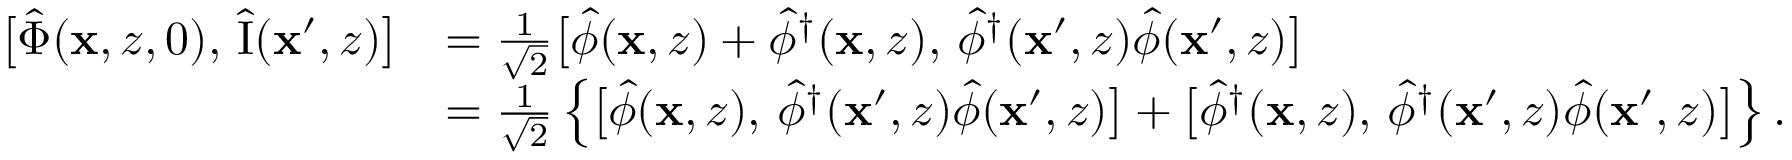
\begin{array} { r l } { \bigl [ \hat { \Phi } ( \mathbf { x } , z , 0 ) , \, \hat { \mathrm { I } } ( \mathbf { x } ^ { \prime } , z ) \bigr ] } & { = \frac { 1 } { \sqrt { 2 } } \bigl [ \hat { \phi } ( \mathbf { x } , z ) + \hat { \phi } ^ { \dagger } ( \mathbf { x } , z ) , \, \hat { \phi } ^ { \dagger } ( \mathbf { x } ^ { \prime } , z ) \hat { \phi } ( \mathbf { x } ^ { \prime } , z ) \bigr ] } \\ & { = \frac { 1 } { \sqrt { 2 } } \left\{ \bigl [ \hat { \phi } ( \mathbf { x } , z ) , \, \hat { \phi } ^ { \dagger } ( \mathbf { x } ^ { \prime } , z ) \hat { \phi } ( \mathbf { x } ^ { \prime } , z ) \bigr ] + \bigl [ \hat { \phi } ^ { \dagger } ( \mathbf { x } , z ) , \, \hat { \phi } ^ { \dagger } ( \mathbf { x } ^ { \prime } , z ) \hat { \phi } ( \mathbf { x } ^ { \prime } , z ) \bigr ] \right\} . } \end{array}